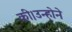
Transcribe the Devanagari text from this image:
की।उन्होने